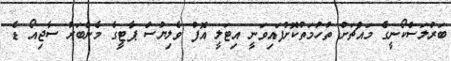
ބަރްލަސްކޯނީގެ މައްޗަށް ތުހުމަތުކޮށްފައިވަނީ އިޓަލީ އޮފް ވެލިޔުސް ޕާޓީގެ މެންބަރު ސާޖިއޯ ޑެ